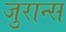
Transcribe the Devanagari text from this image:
जुरान्स